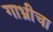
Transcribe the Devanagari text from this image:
गाभ्रीचा